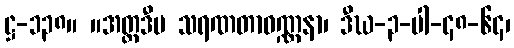
ဋ္ဌ-၁၃၈။ ။အတ္တဒီပ သရဏတာဝဏ္ဏနာ၊ ဒီဃ-၃-ပါ-၄၈-၆၄၊